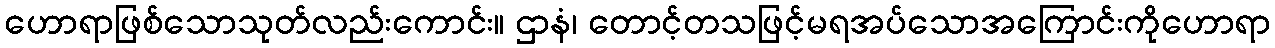
ဟောရာဖြစ်သောသုတ်လည်းကောင်း။ ဌာနံ၊ တောင့်တသဖြင့်မရအပ်သောအကြောင်းကိုဟောရာ